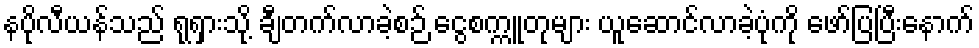
နပိုလီယန်သည် ရုရှားသို့ ချီတက်လာခဲ့စဉ် ငွေစက္ကူတုများ ယူဆောင်လာခဲ့ပုံကို ဖော်ပြပြီးနောက်